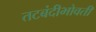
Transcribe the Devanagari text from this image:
तटबंदीभोवती